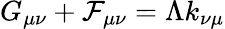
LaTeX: G_{\mu\nu}+{\cal F}_{\mu\nu}=\Lambda k_{\nu\mu}